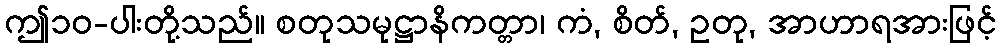
ဤ၁၀-ပါးတို့သည်။ စတုသမုဋ္ဌာနိကတ္တာ၊ ကံ, စိတ်, ဥတု, အာဟာရအားဖြင့်